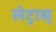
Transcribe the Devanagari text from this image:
लेट्रास्